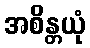
အစိန္တယုံ